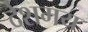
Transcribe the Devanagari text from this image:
देशमय